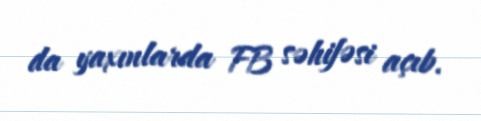
da yaxınlarda FB səhifəsi açıb.